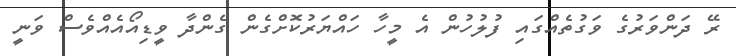
ރޭ ދަންވަރުގެ ވަގުތެއްގައި ފުލުހުން އެ މީހާ ހައްޔަރުކޮށްގެން ގެންދާ ވީޑިއޯއެއްވެސް ވަނީ